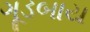
ગૂડબાય